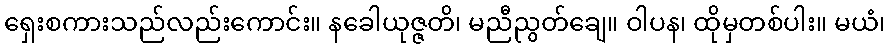
ရှေးစကားသည်လည်းကောင်း။ နခေါယုဇ္ဇတိ၊ မညီညွတ်ချေ။ ဝါပန၊ ထိုမှတစ်ပါး။ မယံ၊